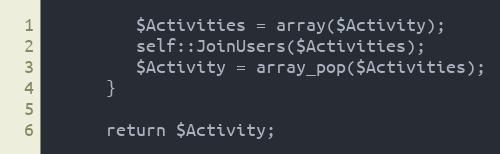
Language: PHP
         $Activities = array($Activity);
         self::JoinUsers($Activities);
         $Activity = array_pop($Activities);
      }

      return $Activity;